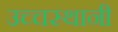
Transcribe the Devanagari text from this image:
उच्चस्थानी